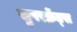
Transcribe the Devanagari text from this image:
सुपरफ्रेंड्स